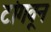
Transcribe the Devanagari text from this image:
टांगवून